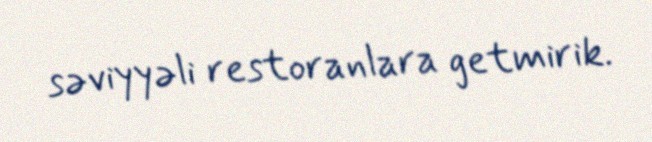
səviyyəli restoranlara getmirik.